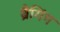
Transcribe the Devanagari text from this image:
ब्रैगिंग